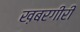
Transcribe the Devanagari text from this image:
ख़बरगीरी